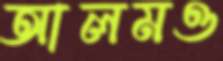
আলমও